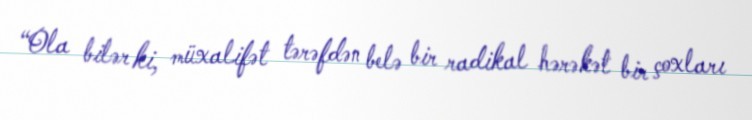
“Ola bilər ki, müxalifət tərəfdən belə bir radikal hərəkət bir çoxları